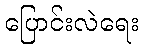
ပြောင်းလဲရေး